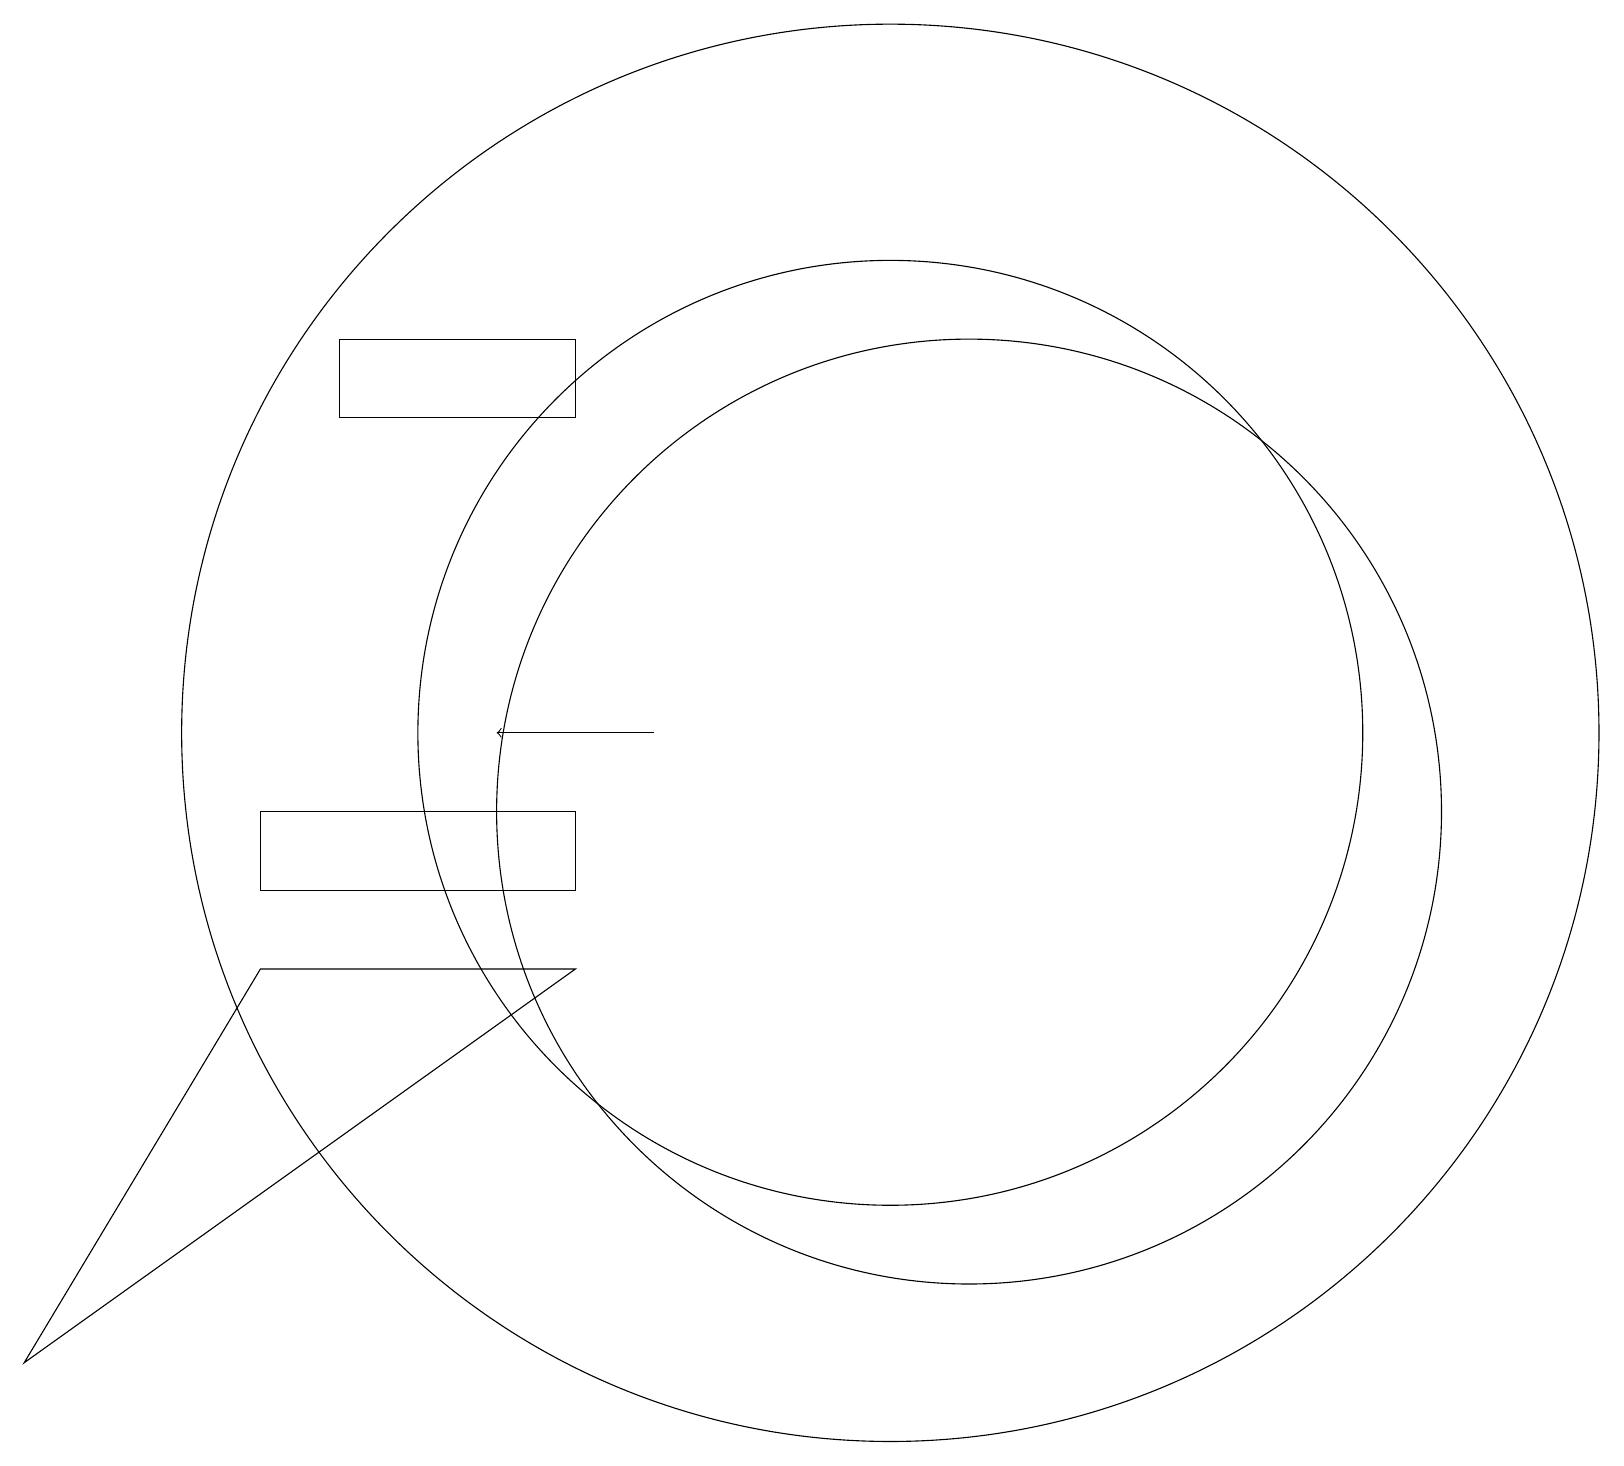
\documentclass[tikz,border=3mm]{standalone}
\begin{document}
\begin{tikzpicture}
\draw (4,16) rectangle (6,16);
\draw (7,16) rectangle (4,17);
\draw (12,11) circle (6);
\draw[->] (8,12) -- (6,12);
\draw (11,12) circle (6);
\draw (3,9) -- (0,4) -- (7,9) -- cycle;
\draw (11,12) circle (9);
\draw (7,11) rectangle (3,10);
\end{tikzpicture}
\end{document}